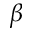
\beta